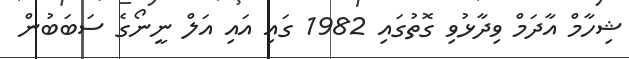
ޝިހާމް އާދަމް ވިދާޅުވި ގޮތުގައި 1982 ގައި އައި އަލް ނީނޯގެ ސަބަބުން